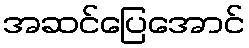
အဆင်ပြေအောင်